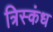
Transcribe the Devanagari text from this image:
त्रिस्कंध